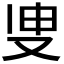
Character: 𭆪